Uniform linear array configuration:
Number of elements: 64
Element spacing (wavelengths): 0.5
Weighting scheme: uniform
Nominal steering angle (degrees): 30
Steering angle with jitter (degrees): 29.868
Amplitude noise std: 0.05
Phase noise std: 0.05

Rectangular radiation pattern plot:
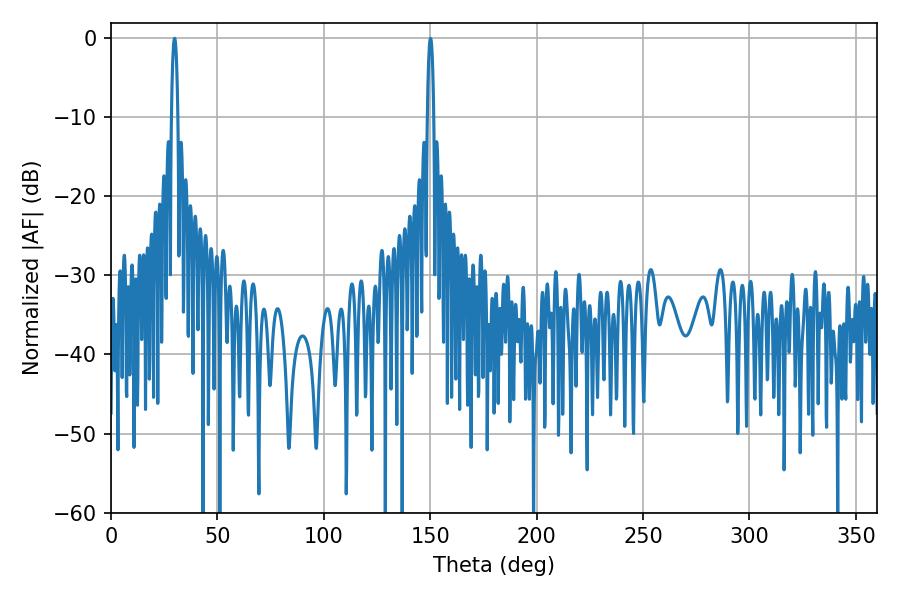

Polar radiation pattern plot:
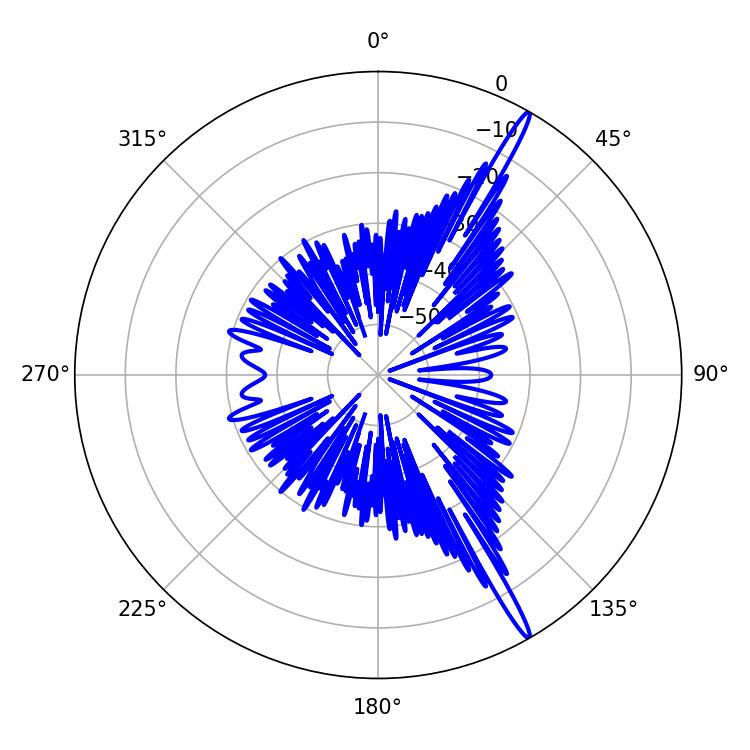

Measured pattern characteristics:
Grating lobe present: FALSE
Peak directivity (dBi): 17.536
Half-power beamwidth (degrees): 1.8
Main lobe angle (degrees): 29.88